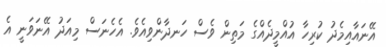
އޭނައާއިމެދު ކުރިހާ އުއްމީދެއްގެ މަތިން ވެސް ހަނދާންވިއެވެ. އެހެނަސް މިއަދު އޭނަވަނީ އެ